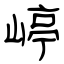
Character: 嵉